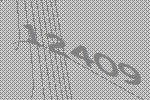
12409